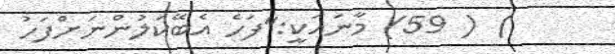
) ( 59) މާނައަކީ:"ފަހެ އެބޭކަލުންނަށްފަހު